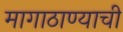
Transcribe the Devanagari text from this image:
मागाठाण्याची